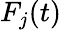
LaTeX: F_{j}(t)